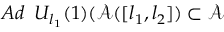
A d \, \, \, U _ { l _ { 1 } } ( 1 ) ( \mathcal { A } ( [ l _ { 1 } , l _ { 2 } ] ) \subset \mathcal { A }